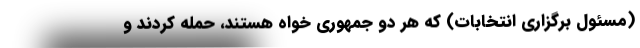
(مسئول برگزاری انتخابات) که هر دو جمهوری خواه هستند، حمله کردند و